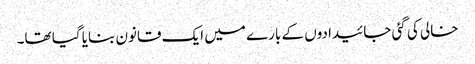
خالی کی گئی جائیدادوں کے بارے میں ایک قانون بنایا گیا تھا۔